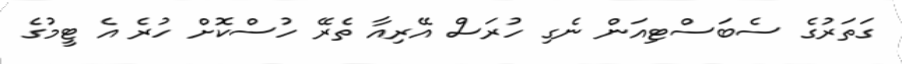
ގަތަރުގެ ސެބަސްޓިއަން ނެގި ހުރަސް އޭރިއާ ތެރޭ ހުސްކޮށް ހުރެ އެ ޓީމުގެ